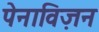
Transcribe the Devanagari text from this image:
पेनाविज़न